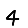
Digit: 4